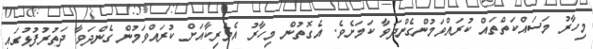
މިހާރު މަސައްކަތްތައް ކުރައްވަމުންގެންދަވާ ކަމަށެވެ. އެގޮތުން މިހާރު އެމެރިކާއަށް ކުރައްވަމުން ގެންދަވާ ދަތުރުފުޅުގައި